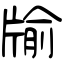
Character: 牏